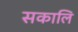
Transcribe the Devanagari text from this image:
सकालि